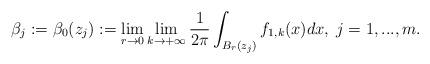
LaTeX: \begin{align*}\beta_j:=\beta_0 (z_j):=\displaystyle{\lim_{r\to 0} \lim_{k \to + \infty} \frac{1}{2\pi} \int_{B_r (z_j)} f_{1,k}(x) dx}, \; j=1,...,m.\end{align*}